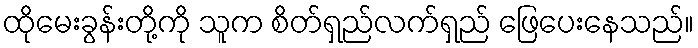
ထိုမေးခွန်းတို့ကို သူက စိတ်ရှည်လက်ရှည် ဖြေပေးနေသည်။